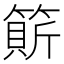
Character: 𥲣